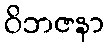
ဝိဘဇနာ